Maa-_ja_perenaiste_seltsid, lk 2
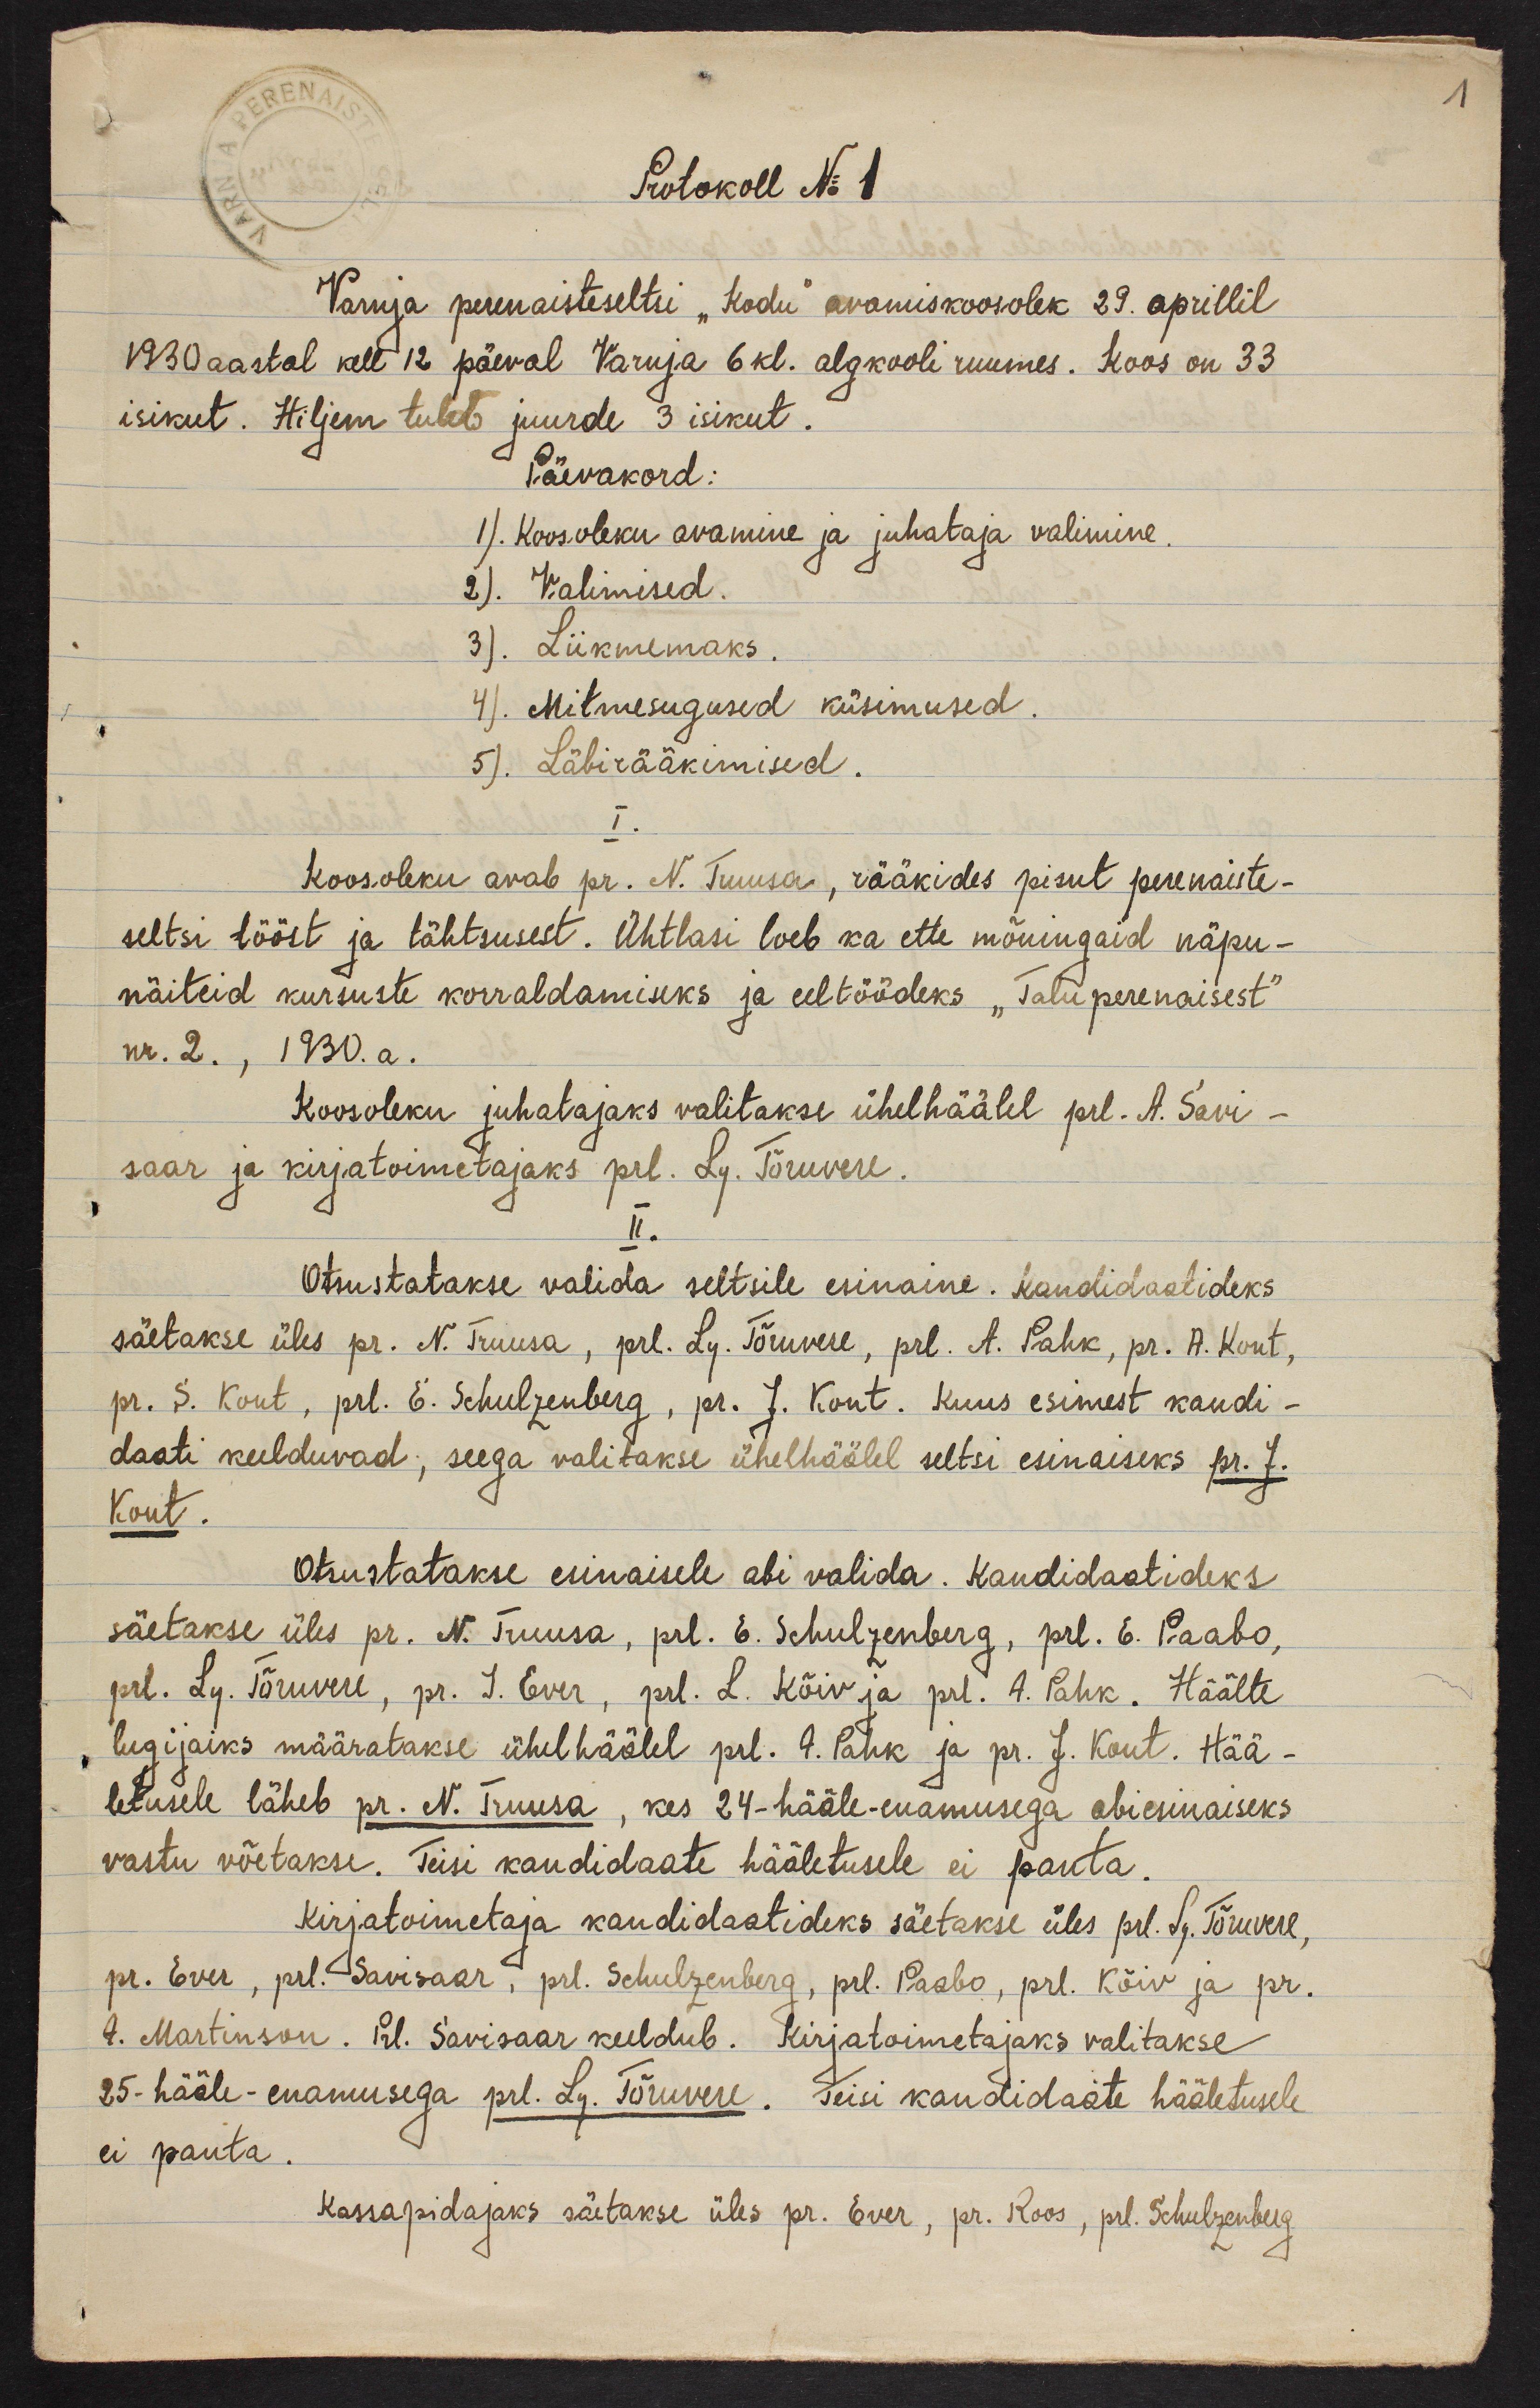
1

Protokoll No 1
Varnja perenaisteseltsi "Kodu" avamiskoosolek 29. aprillil
1930 aastal kell 12 päeval Varnja 6 kl. algkooli ruumes. Koos on 33
isikut. Hiljem tuleb juurde 3 isikut.
Päevakord:
1). Koosoleku avamine ja juhataja valimine
2). Valimised.
3). Liikmemaks.
4). Mitmesugused küsimused.
5). Läbirääkimised.
I.
Koosoleku avab pr. N. Truusa, rääkides pisut perenaiste-
seltsi tööst ja tähtsusest. Ühtlasi loeb ka ette mõningaid näpu-
näiteid kursuste korraldamiseks ja eeltöödeks "Taluperenaisest"
nr. 2., 1930.a.
Koosoleku juhatajaks valitakse ühelhäälel prl. A. Savi-
saar ja kirjatoimetajaks prl. Ly. Tõruvere.
II.
Otsustatakse valida seltsile esinaine. Kandidaatideks
säetakse üles pr. N. Truusa, prl. Ly. Tõruvere, prl. A. Pahk, pr. R. Kont,
pr. S. Kont, prl. E. Schulzenberg, pr. J. Kont. Kuus esimest kandi-
daati keelduvad, seega valitakse ühelhäälel seltsi esinaiseks pr. J.
Kont.
Otsustatakse esinaisele abi valida. Kandidaatideks
säetakse üles pr. N. Truusa, prl. E. Schulzenberg, prl. E. Paabo,
prl. Ly. Tõruvere, pr. I. Ever, prl. L. Kõiv ja prl. A. Pahk. Häälte
lugijaiks määratakse ühelhäälel prl. A. Pahk ja pr. J. Kont. Hää-
letusele läheb pr. N. Truusa, kes 24. hääle-enamusega abiesinaiseks
vastu võetakse. Teisi kandidaate hääletusele ei panta.
Kirjatoimetaja kandidaatideks säetakse üles prl. Ly. Tõruvere,
pr. Evre, prl. Savisaar, prl. Schulzenberg, prl. Paabo, prl. Kõiv ja pr.
A. Martinson. Prl. Savisaar keeldub. Kirjatoimetajaks valitakse
25. hääle-enamusega prl. Ly. Tõruvere. Teisi kandidaate hääletusele
ei panta.
Kassapidajaks säetakse üles pr. Ever, pr. Roos, prl. Schulzenberg